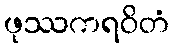
ဖုဿကရဝိတံ